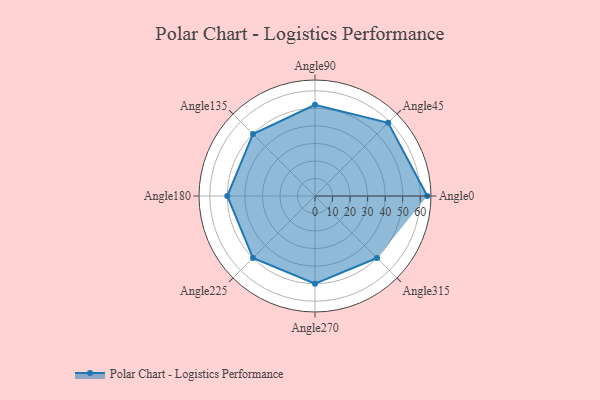
{"axis": {"x": "Angle", "y": "Radius"}, "legend": [""], "data": [{"x": "Angle0", "y": 64.0, "type": ""}, {"x": "Angle45", "y": 59.0, "type": ""}, {"x": "Angle90", "y": 52.0, "type": ""}, {"x": "Angle135", "y": 50, "type": ""}, {"x": "Angle180", "y": 50, "type": ""}, {"x": "Angle225", "y": 50, "type": ""}, {"x": "Angle270", "y": 50, "type": ""}, {"x": "Angle315", "y": 50, "type": ""}]}